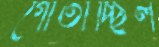
গোঁতাচ্ছিল